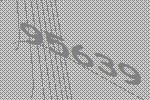
95639